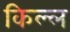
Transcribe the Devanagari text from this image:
किल्ल